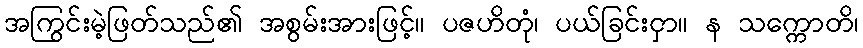
အကြွင်းမဲ့ဖြတ်သည်၏ အစွမ်းအားဖြင့်။ ပဇဟိတုံ၊ ပယ်ခြင်းငှာ။ န သက္ကောတိ၊